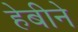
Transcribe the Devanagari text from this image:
हेबीने